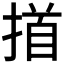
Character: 𢰢